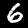
Digit: 6